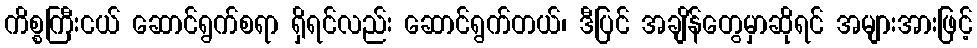
ကိစ္စကြီးငယ် ဆောင်ရွက်စရာ ရှိရင်လည်း ဆောင်ရွက်တယ်၊ ဒီပြင် အချိန်တွေမှာဆိုရင် အများအားဖြင့်